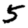
Digit: 5